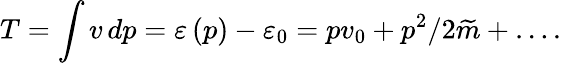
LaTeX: T=\int v\, dp=\varepsilon\left(p\right)-\varepsilon_{0}=pv_{0}+p^{2}/2\widetilde{m}+\ldots.